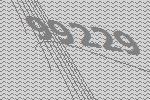
99229